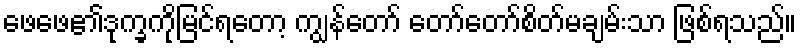
ဖေဖေ၏ဒုက္ခကိုမြင်ရတော့ ကျွန်တော် တော်တော်စိတ်မချမ်းသာ ဖြစ်ရသည်။